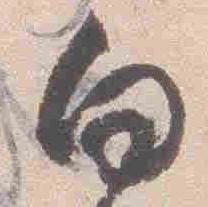
向